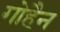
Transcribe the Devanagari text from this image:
गोहैन